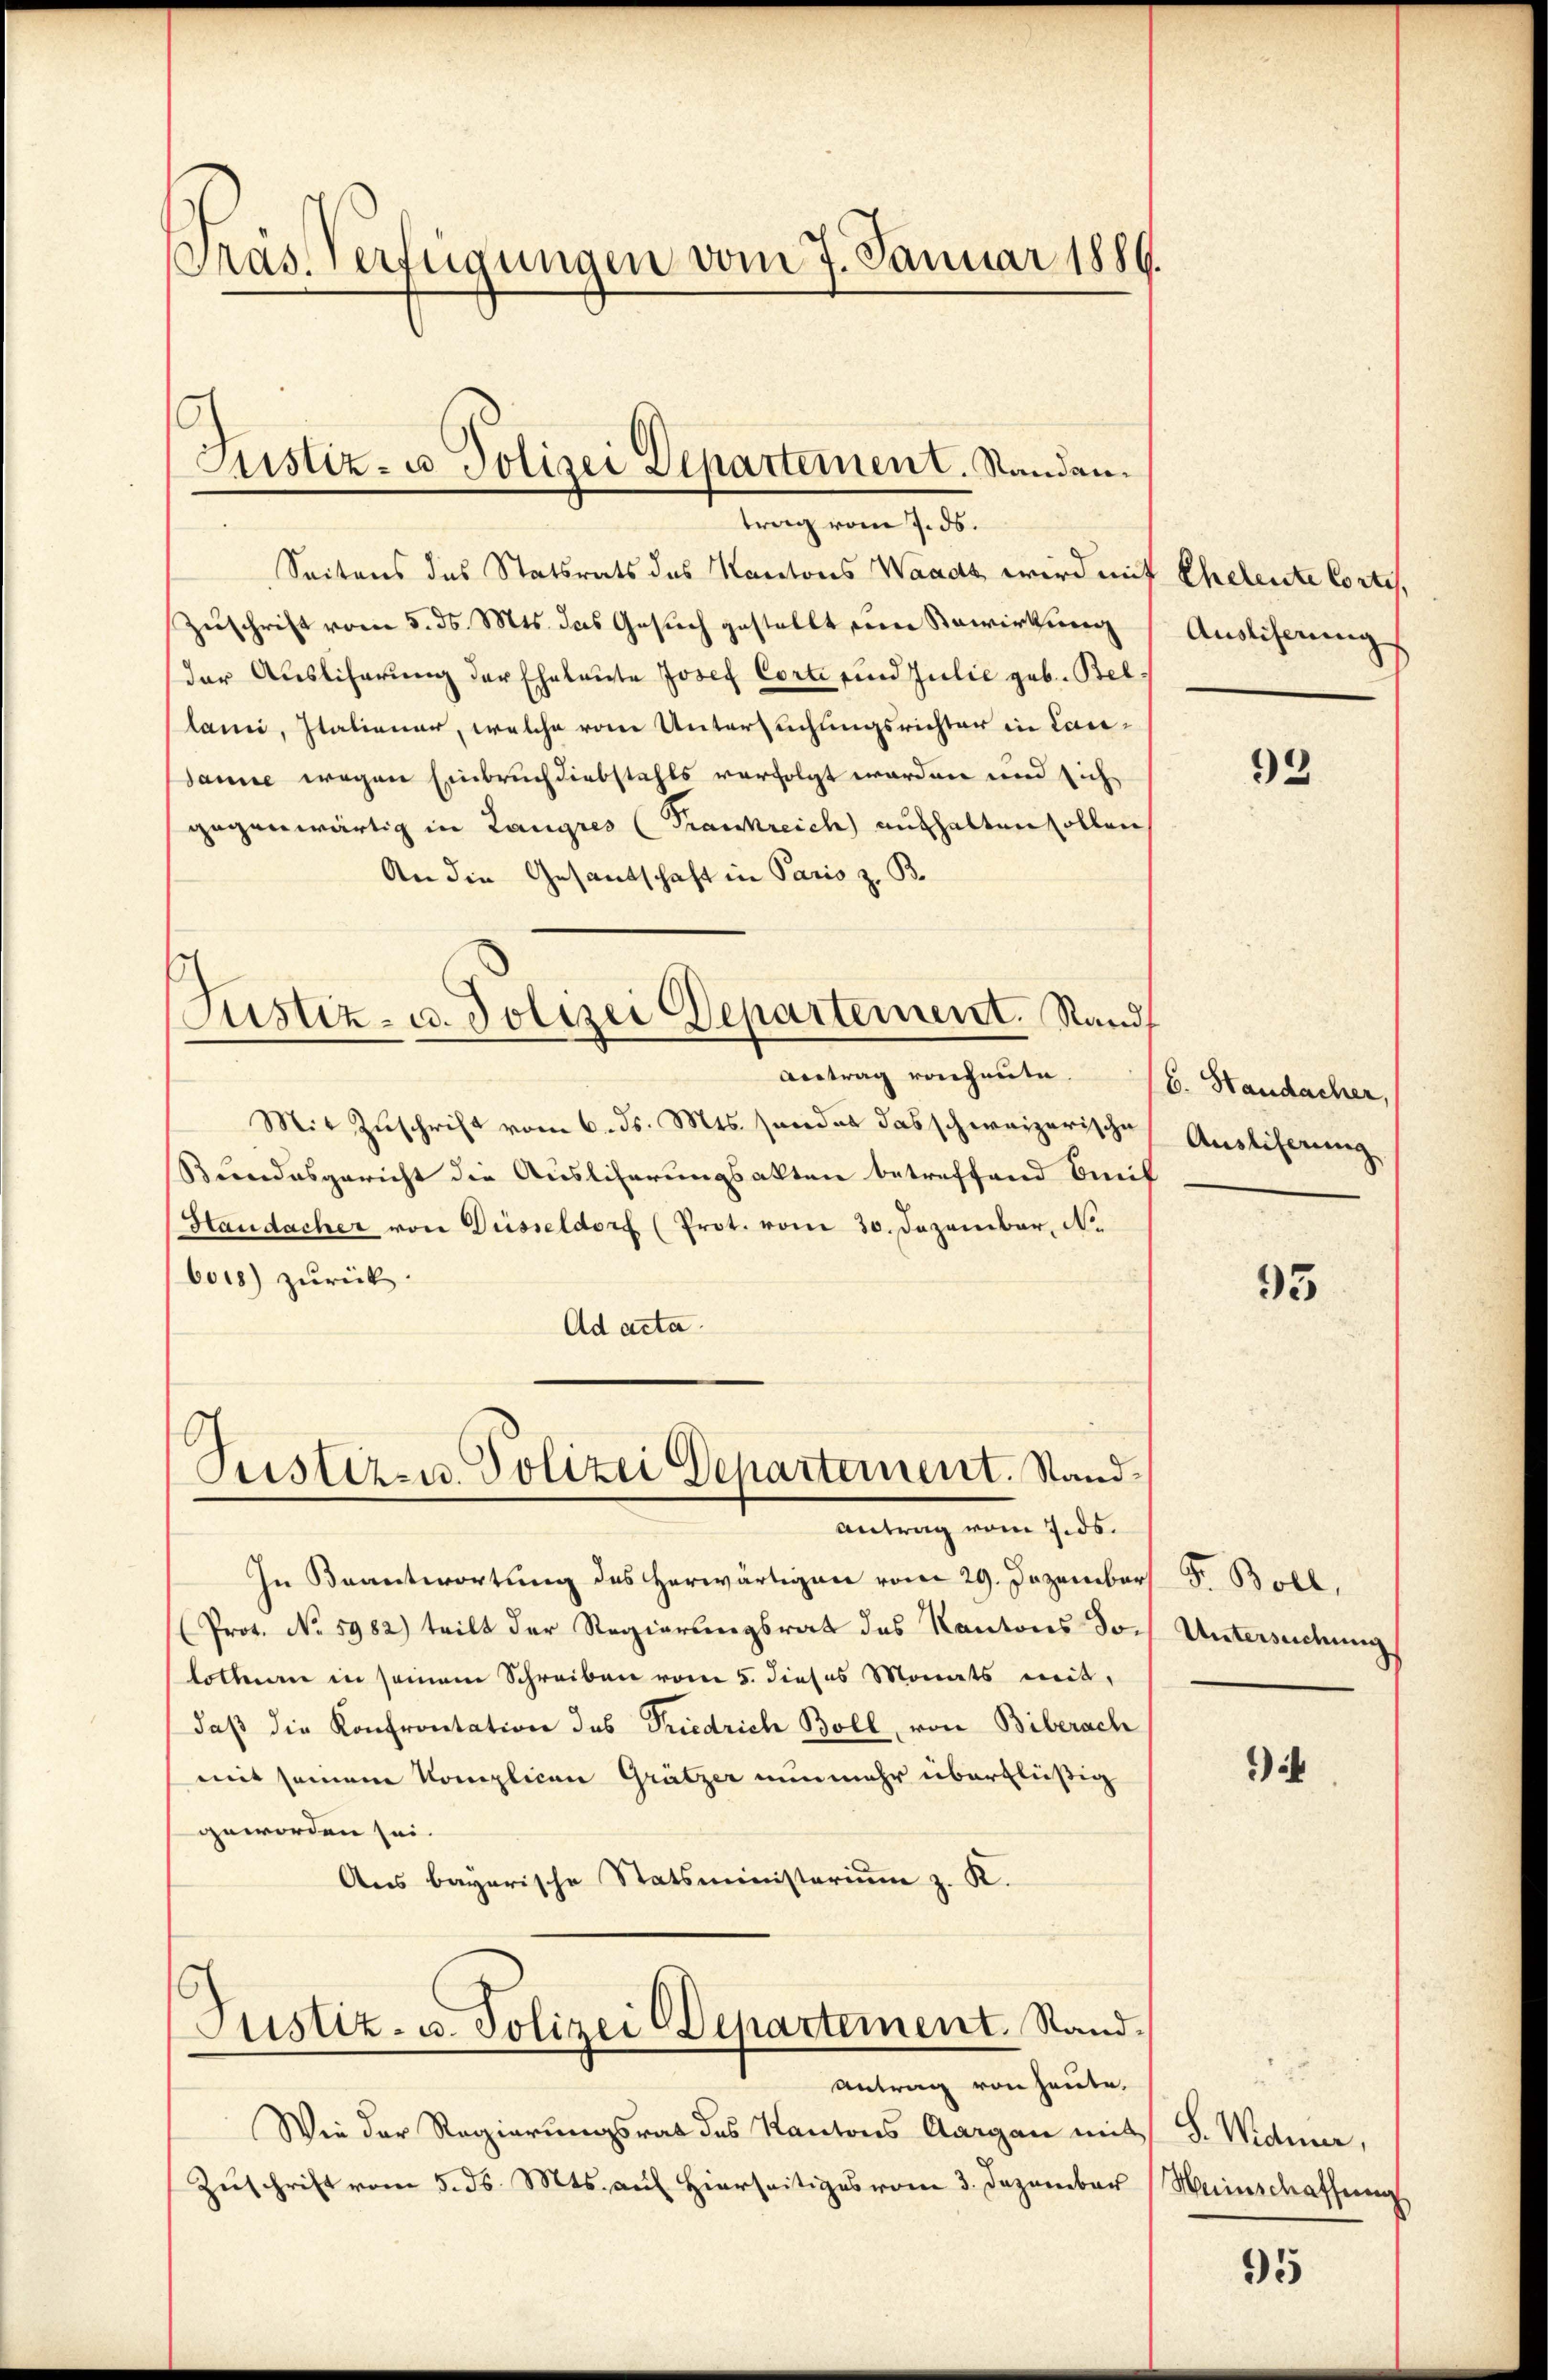
Präs. erfügungen vom 7. Januar 1886.

Justiz- u. Polizei Departement. Standen.
trag vom 7. ds.

Seitens des Statsrats des Kantons Waadt, wird mit Eheleute Cortes,
Zuschrift vom 5. ds. Mts. das Gesuch gestellt, von Bewirkung
der Auslicherung der Eheleute Josef Corte und Julie geb. Bel
lann, Italiener, welche vom Untersuchungsrichter in Lansanne wegen Einbruch diebstahls verfolgt worden und sich
gegenwärtig in Langres (Frankreich aufhalten sollen,
An die Gesantschaft in Paris z. B.
Justiz- u. Polizei Departement. Standt

Antrag von heute.
Mit Zuschrift vom 6. ds. Mts. sondes das schweizerische
Bundesgericht die Auslicherungsakten betreffend Breif
Haudacher von Diesseldorf (Prot. vom 30. Dezember, No
bois) zurück
Ad acta

16
Custiz- u. Polizei Departement. Stand
Antrag vom 7. ds.

Justiz- u. Polizei Departement. Stand.

Wie der Regierungsrat des Kantons Aargau mit
Zuschrift vom 5. ds. Mts. auf Hierseitiges vom 3. Dezember

In Beantwortung des Herwärtigen vom 29. Dezember
(Prot. No 5982) teilt der Regierungsrat des Kantons Dolotterren in seinem Schreiben vom 5. dieses Monats mit,
daβ die Konfrontation des Friedrich Boll, von Biberach
mit seinem Komplican Grützer nunmehr überflüßig
geworden sei.
Ans bayerische Statsministerium z. K.

Antrag von heute.

Ausliserung

93

6. Standacher,
Austiferung

93

F. Boll,
Untersuchung

i

8. Manne,
Weinschaffung

95